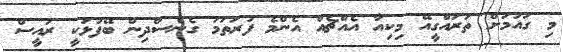
މި ގައުމަށް ތަރައްގީއޭ މިކިއާ އެއްޗެއް އެންމެ ފުރަތަމަ ގެނެސްދިން ބޭފުޅަކީ ރައީސް